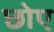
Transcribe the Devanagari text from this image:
छोए